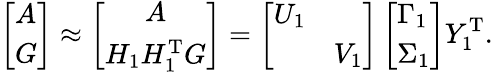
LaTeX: \left[\begin{array}{l}{A}\\ {G}\end{array}\right]\approx\left[\begin{array}{c}{A}\\ {H_{1}H_{1}^{\mathrm{T}}G}\end{array}\right]=\left[\begin{array}{ll}{U_{1}}&\\ &{V_{1}}\end{array}\right]\left[\begin{array}{l}{\Gamma_{1}}\\ {\Sigma_{1}}\end{array}\right]Y_{1}^{\mathrm{T}}.